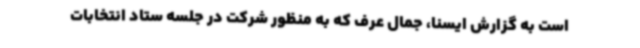
است به گزارش ایسنا، جمال عرف که به منظور شرکت در جلسه ستاد انتخابات